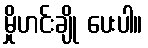
မှိုဟင်းချို ပေးပါ။